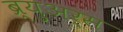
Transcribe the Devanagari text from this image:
ब्र्युअर्स